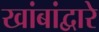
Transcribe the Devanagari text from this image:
खांबांद्वारे